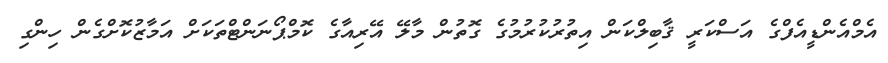
އެމްއެންޑީއެފްގެ އަސްކަރީ ޤާބިލްކަން އިތުރުކުރުމުގެ ގޮތުން މާލޭ އޭރިއާގެ ކޮމްޕޯނަންޓްތަކަށް އަމާޒުކޮށްގެން ހިންގި